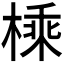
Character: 𪳕